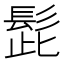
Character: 髭